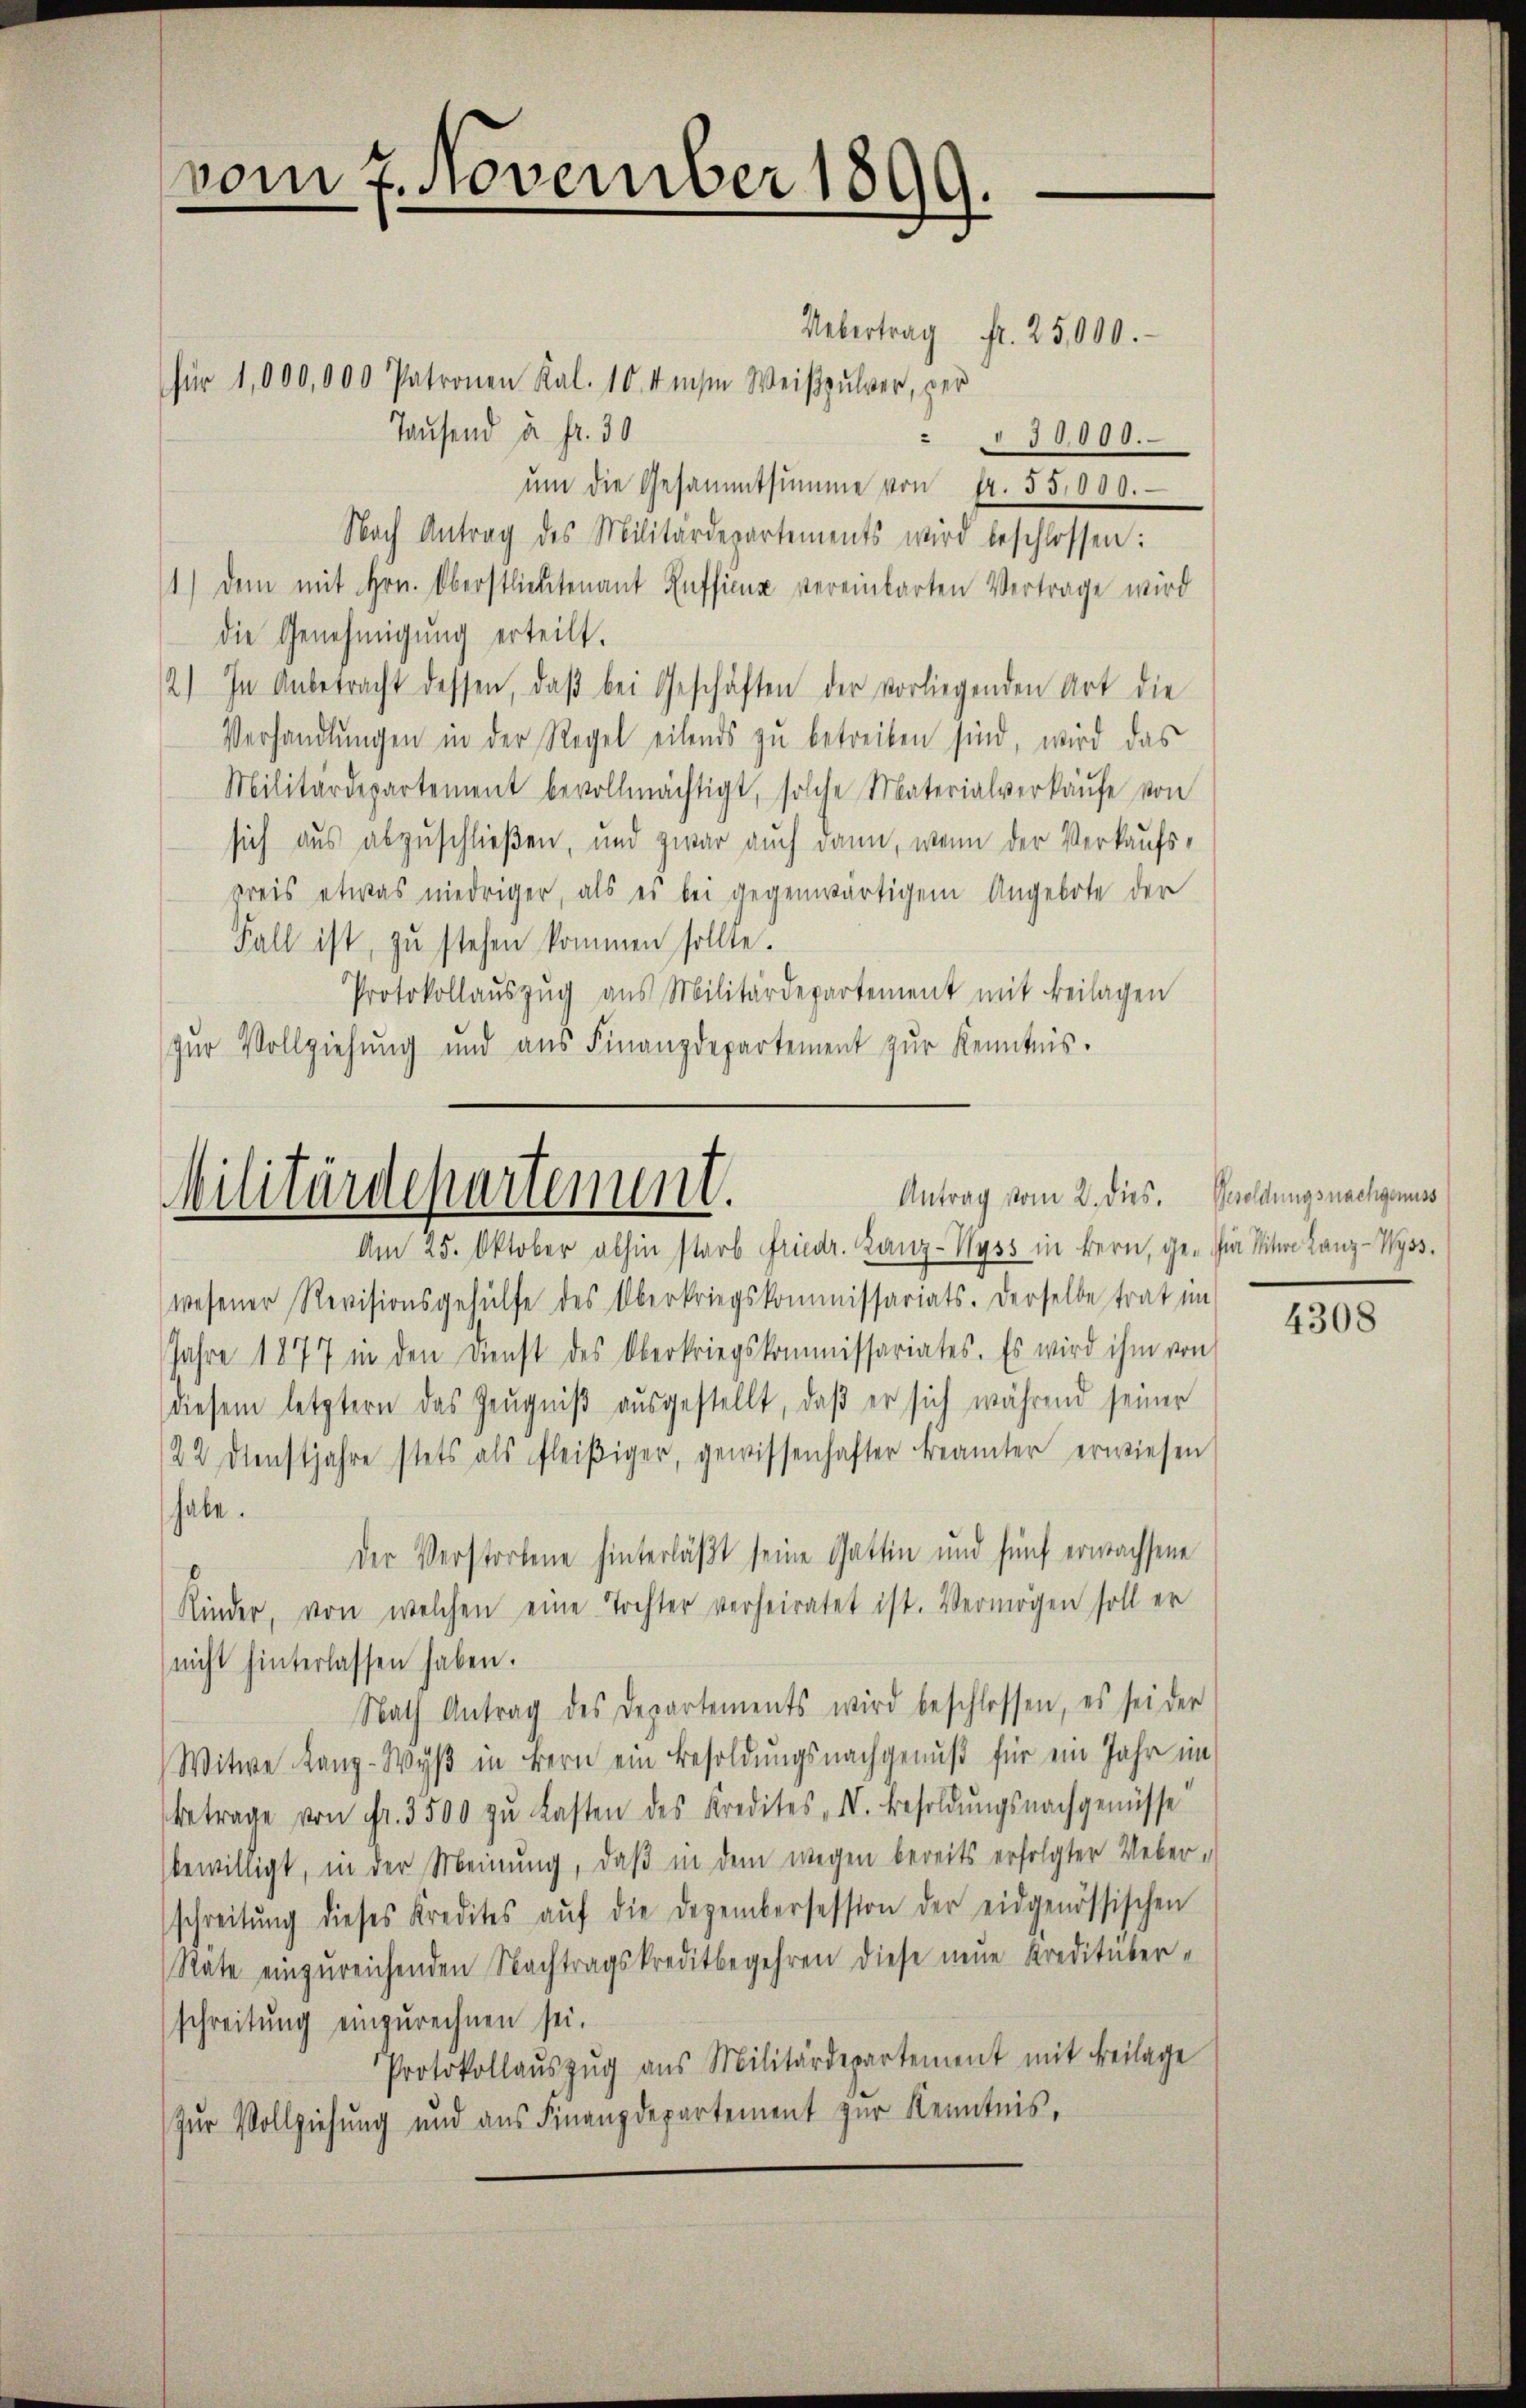
vom 7. November 1899.

Uebertrag Fr. 25,000.
für 1,000,000 Patronen Kal. 10. diese Weißpulver, per
Tausend u. fr. 30
2
10,000.
ŭm die Gesammtsumme von Fr. 55,000.
Nach Antrag des Militärdepartements wird beschlossen:
1) dem mit Hrn. Oberstlieutenant Ruffina vereinbarten Vertrage wird
die Genehmigŭng erteilt.
2) In Anbetracht dessen, daβ bei Geschäften der vorliegenden Art die
Verhandlŭngen in der Regel eilends zŭ betreiben sind, wird das
Militärdepartement bevollmächtigt, solche Materialverkaŭfe von
sich aus abzuschließen, und zwar auch dann, wenn der Verkaufs-
preis etwas niedriger, als es bei gegenwärtigem Angebote der
Fall ist, zŭ stehen kommen sollte.
Protokollaŭszŭg ans Militärdepartement mit Beilagen
zŭr Vollziehung und aŭs Finanzdepartement zŭr Kenntnis.

wesener Revisionsgehülfe des Oberkriegskommissariats. Derselbe trat im
Jahre 1877 in den Dienst des Oberkriegskommissariates. Es wird ihm von
diesem letztern das Zeugniß ausgestellt, daß er sich während seiner
22 Dienstjahre stets als fleißiger, gewissenhafter Beamter erwiesen
habe.
der Verstorbene hinterläßt seine Gattin und fünf erwachsene
Kinder, von welchen eine Tochter verheiratet ist. Vermögen soll er
nicht hinterlassen haben.
Nath Antrag des Departements wird beschlossen, es sei der
Witwe Kanz-Wyß in Bern ein Besoldungsnachgenuß für ein Jahr im
betrage von Fr. 3500 zŭ lasten des Kredites I. Besoldŭngsnachgenüsse
bewilligt, in der Meinung, daβ in dem wegen bereits erfolgter Ueber-
schreibŭng dieses Kredites aŭf die Dezembersession der eidgenössischen
Räte einzŭreichenden Nachtragskreditbegehren diese neue Kreditüberschreitung einzurechnen sei.
Protokollauszug aus Militärdepartement mit Beilage
Zŭr Vollziehung und aŭs Finanzdepartement zŭr Kenntnis,

Antrag vom 2. dies. Besoldungsnachgenuss
Militärdepartement.
Am 25. Oktober abhin starb Friedr. Lanz-Wyss in Bern, ge- in Witwe Lanz-Wyss.

4308